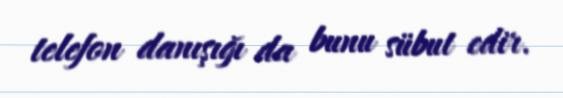
telefon danışığı da bunu sübut edir.